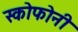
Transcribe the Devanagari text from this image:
स्कोफोनी